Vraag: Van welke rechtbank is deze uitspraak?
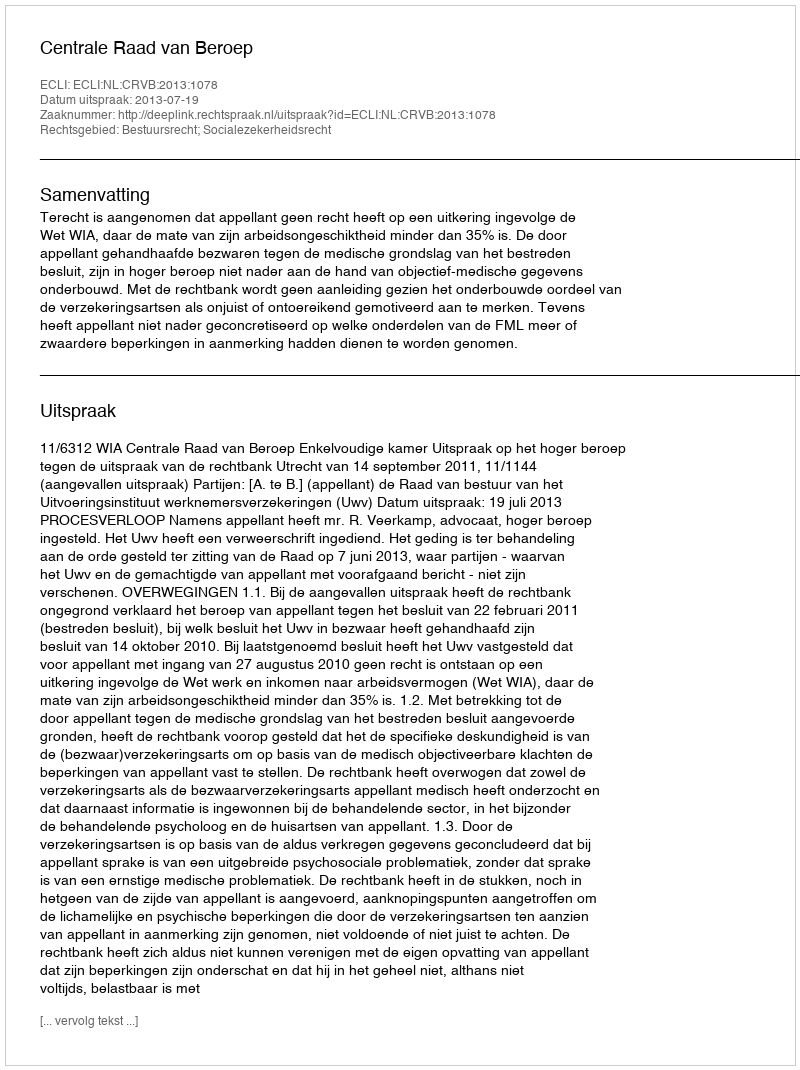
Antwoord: Centrale Raad van Beroep